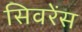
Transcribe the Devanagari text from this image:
सिवरेंस